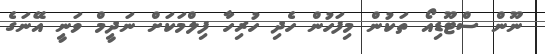
ނޫން ސްޓޫޑިއޯ ތަކުން މިފަހުން ހެދި ހުރިހާ ފިލްމަކަށް ނަދީމް ވަނީ އޭނަގެ